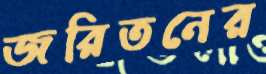
জরিতনের